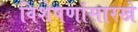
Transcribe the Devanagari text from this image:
विशेषणांसारखे